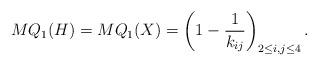
LaTeX: \begin{align*}MQ_{1}(H)=MQ_{1}(X)=\left( 1-\frac{1}{k_{ij}}\right) _{2\leq i,j\leq4}.\end{align*}